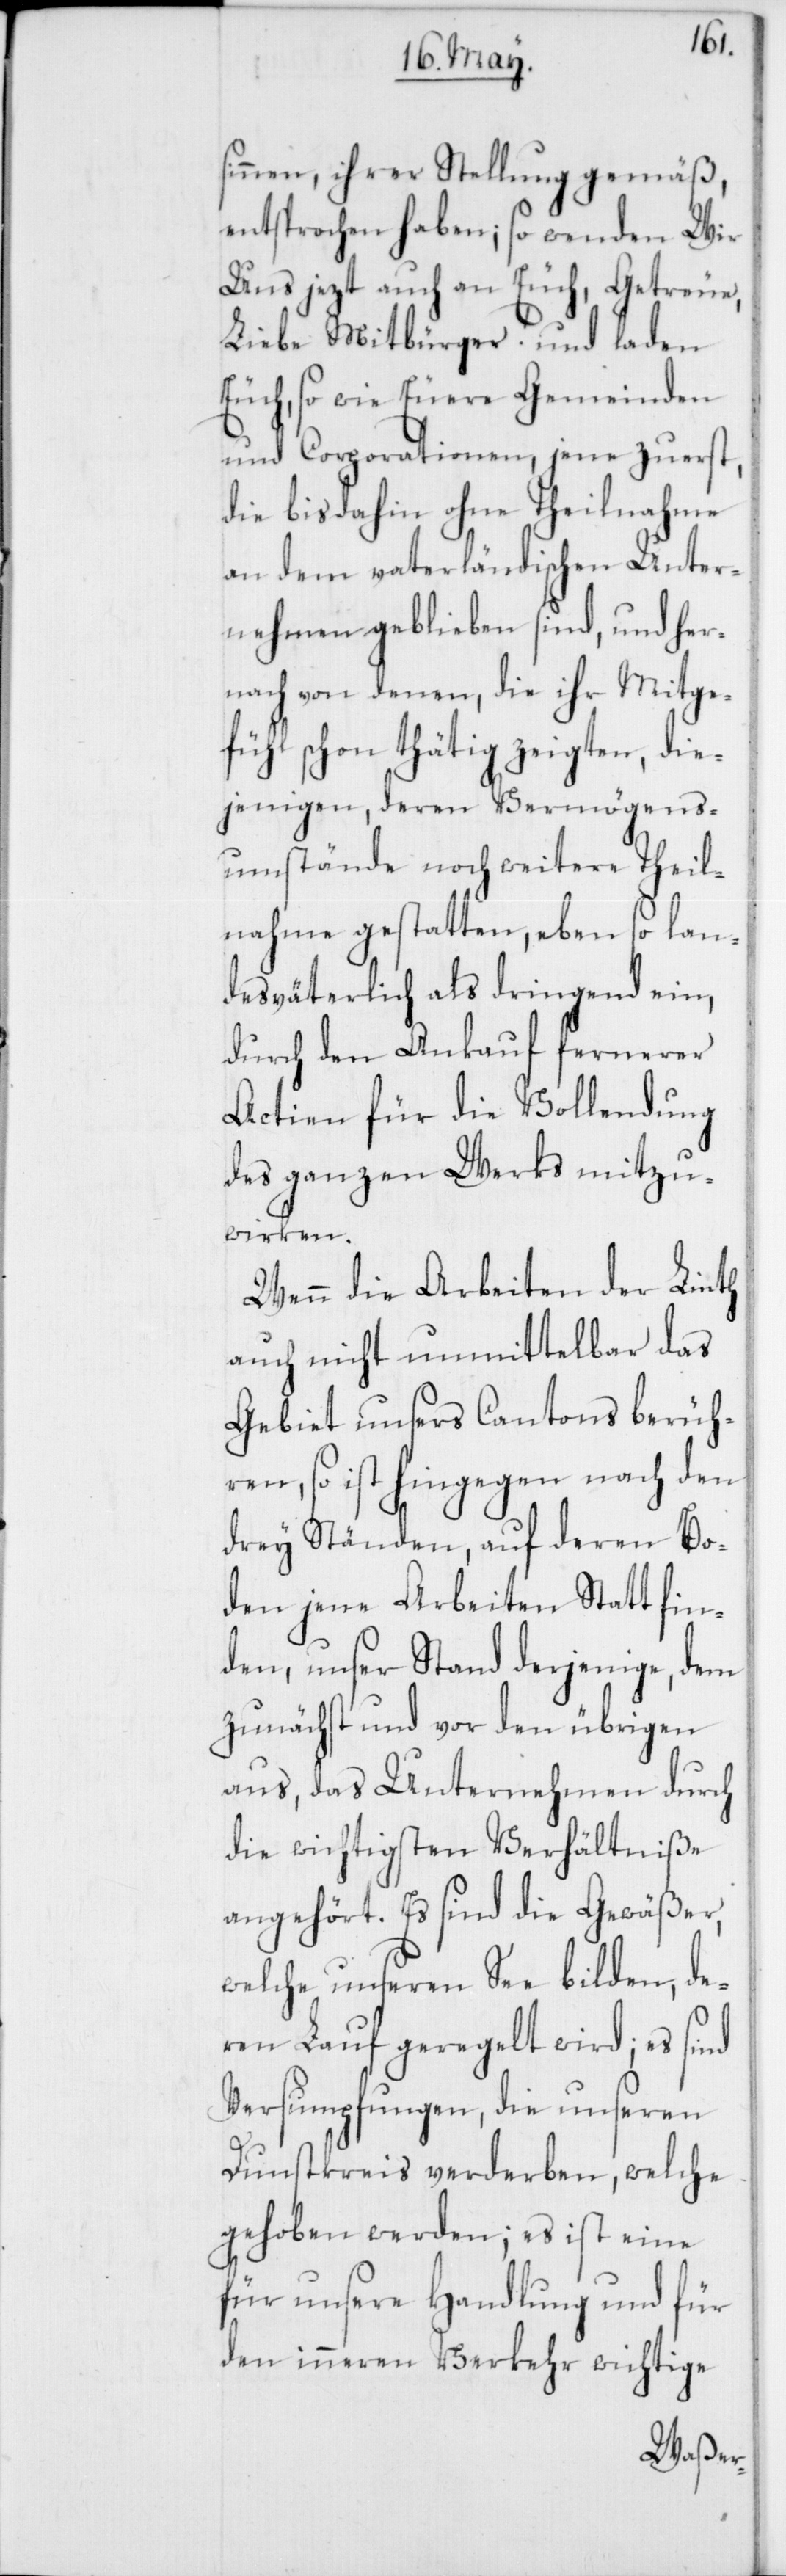
sinnen, ihrer Stellung gemäß,
entsprochen haben; so wenden Wir
Uns jetzt auch an Euch, Getreue,
Liebe Mitbürger! und laden
Euch, so wie Euere Gemeinden
und Corporationen, jene zuerst,
die bis dahin ohne Theilnahme
an dem vaterländischen Unter¬
nehmen geblieben sind, und her¬
nach von denen, die ihr Mitge¬
fühl schon thätig zeigten, die¬
jenigen, deren Vermögens¬
umstände noch weitere Theil¬
nahme gestatten, eben so lan¬
desväterlich als dringend ein,
durch den Ankauf fernerer
Actien für die Vollendung
des ganzen Werks mitzu¬
wirken.
Wenn die Arbeiten der Linth
auch nicht unmittelbar das
Gebiet unsers Cantons berüh¬
ren, so ist hingegen nach den
drey Ständen, auf deren Bo¬
den jene Arbeiten Statt fin¬
den, unser Stand derjenige, dem
zunächst und vor den übrigen
aus, das Unternehmen durch
die wichtigsten Verhältniße
angehört. Es sind die Gewäßer,
welche unseren See bilden, de¬
ren Lauf geregelt wird; es sind
Versumpfungen, die unseren
Dunstkreis verderben, welche
gehoben werden; es ist eine
für unsere Handlung und für
den inneren Verkehr wichtige